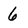
Character: 6